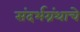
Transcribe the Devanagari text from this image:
संदर्भग्रंथाचे